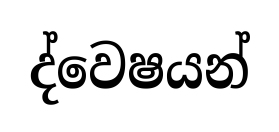
ද්වෙෂයන්